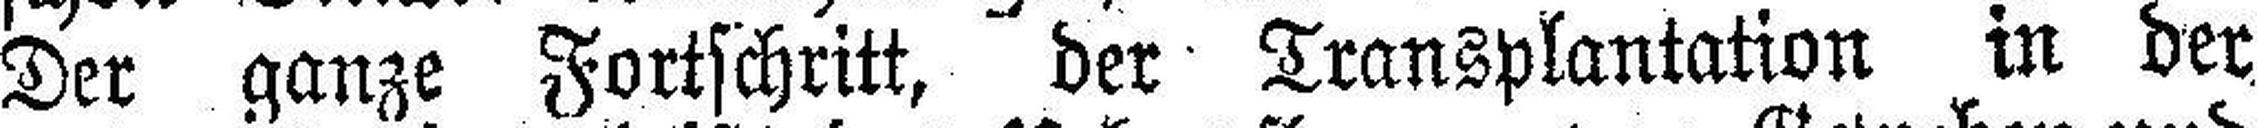
Der ganze Fortschritt, der Transplantation in der